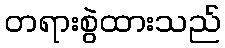
တရားစွဲထားသည်